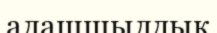
алашшылдық